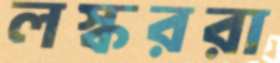
লস্কররা